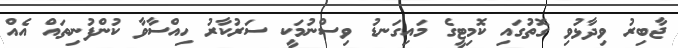
ޖާބިރު ވިދާޅުވި ގޮތުގައި ކޮމިޓީގެ މައިގަނޑު ވިސްނުމަކީ ސަރުކާރު ހިއްސާވާ ކުންފުނިތައް އެއް